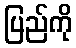
ပြည်ကို